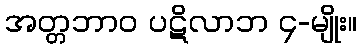
အတ္တဘာဝ ပဋိလာဘ ၄-မျိုး။